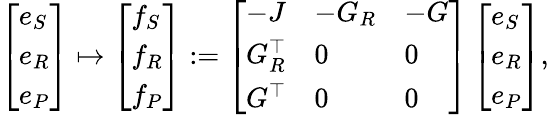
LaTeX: \begin{array}{r}{\left[\begin{array}{l}{e_{S}}\\ {e_{R}}\\ {e_{P}}\end{array}\right]\mapsto\left[\begin{array}{l}{f_{S}}\\ {f_{R}}\\ {f_{P}}\end{array}\right]:=\left[\begin{array}{lll}{-J}&{-G_{R}}&{-G}\\ {G_{R}^{\top}}&{0}&{0}\\ {G^{\top}}&{0}&{0}\end{array}\right]\left[\begin{array}{l}{e_{S}}\\ {e_{R}}\\ {e_{P}}\end{array}\right],}\end{array}